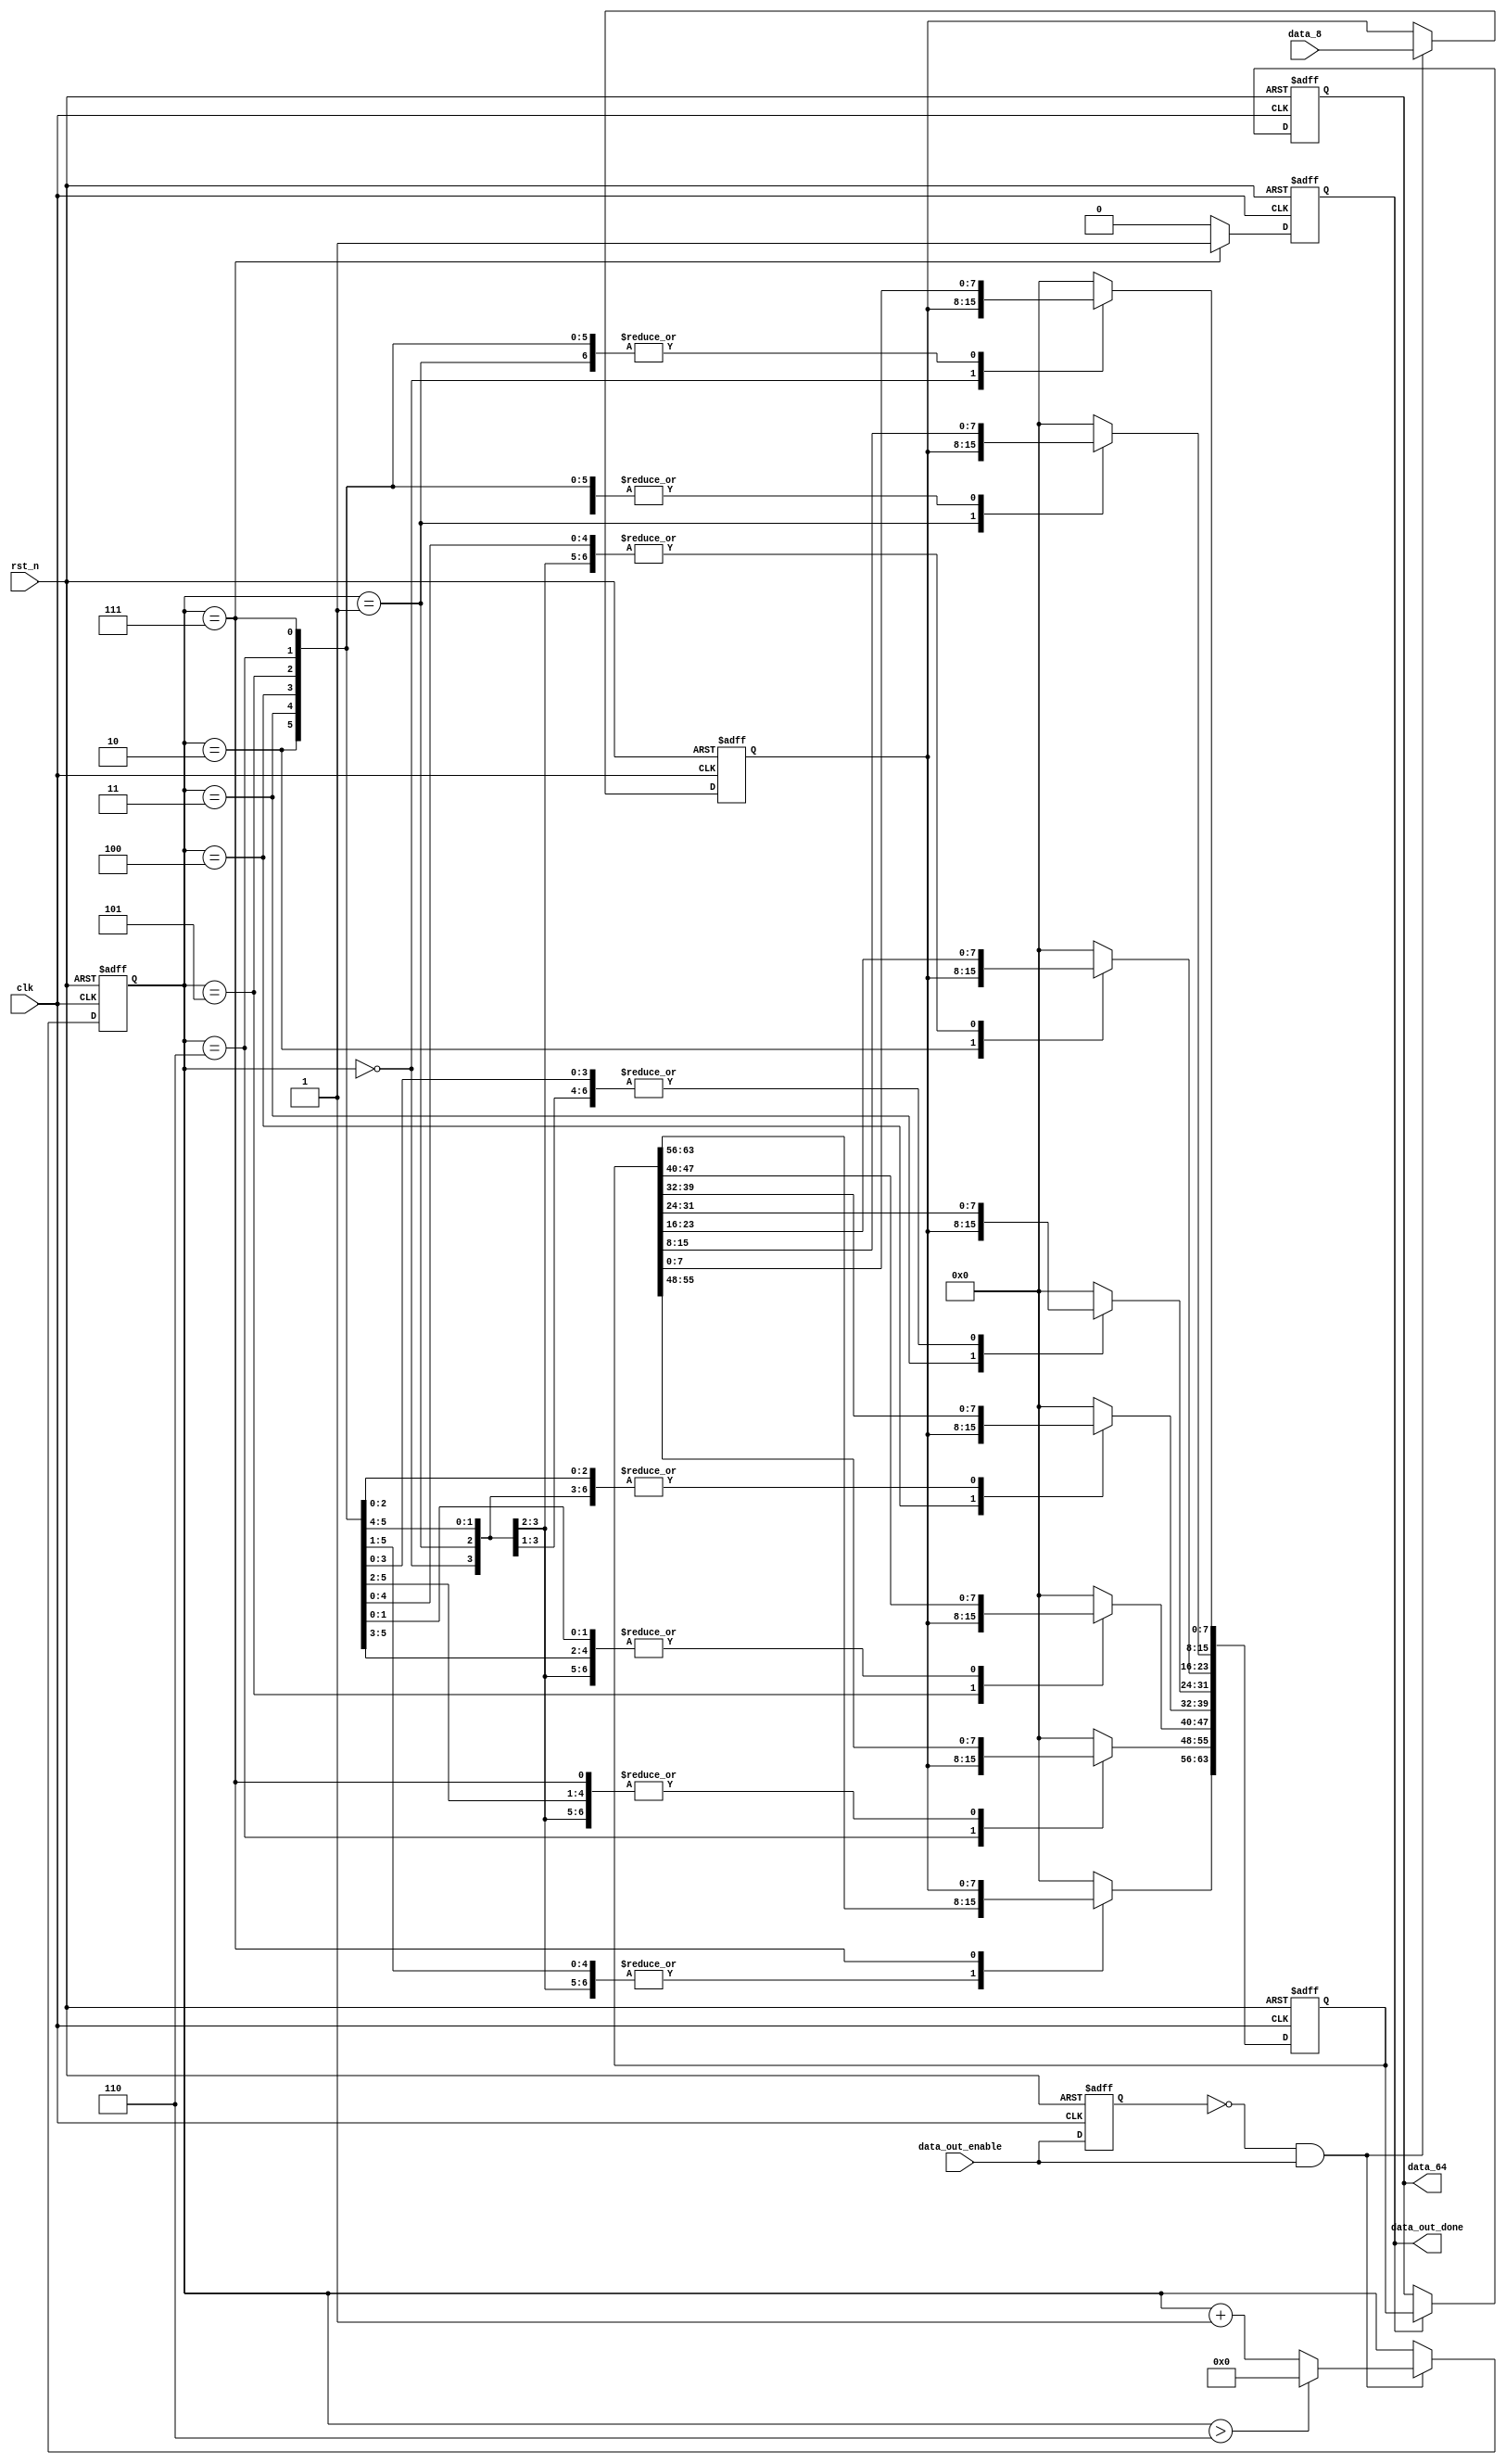
`timescale 1ns/1ps

/*  8  64   */

module data_out_8_to_64 (output reg [63:0] data_64,   // 64
                         output reg data_out_done,    // 64
                         input wire clk,              // 
                         input wire rst_n,            // 
                         input wire [7:0] data_8,     // 8
                         input wire data_out_enable); // 8

/*  */
reg [7:0] data_in;     // 
reg [63:0] data_out;   // 
reg [3:0] state;       // 
reg data_out_enable_1; // 8

/*  */
wire start_flag; // 8

// start_flag8rx
// rx8
assign start_flag = (~data_out_enable_1) & data_out_enable;

always @(posedge clk or negedge rst_n) begin
    if (!rst_n) begin
        data_out_enable_1 <= 1'b0;
    end
    else begin
        data_out_enable_1 <= data_out_enable;
    end
end

/*  */
always @(posedge clk or negedge rst_n) begin
    if (!rst_n) begin
        state   <= 4'd8;
        data_in <= 8'd0;
    end
    else if (start_flag) begin  // 
        data_in <= data_8;      // 
        if (state > 4'd6) begin // 
            state <= 4'd0;      // 
        end
        else begin
            state <= state + 1'b1; // 1
        end
    end
    else begin // 
        state   <= state;
        data_in <= data_in;
    end
end

/* 864 */
always @(posedge clk or negedge rst_n) begin
    if (!rst_n) begin
        data_out <= 64'd0;
    end
    else begin
        case (state) // 864
            4'd0:
            data_out[7:0] <= data_in; // 8648
            4'd1:
            data_out[15:8] <= data_in;
            4'd2:
            data_out[23:16] <= data_in;
            4'd3:
            data_out[31:24] <= data_in;
            4'd4:
            data_out[39:32] <= data_in;
            4'd5:
            data_out[47:40] <= data_in;
            4'd6:
            data_out[55:48] <= data_in;
            4'd7:
            data_out[63:56] <= data_in; // 8648
            default:
            data_out <= 64'd0;
        endcase
    end
end

/* 64 */
always @(posedge clk or negedge rst_n) begin
    if (!rst_n) begin
        data_out_done <= 1'd0;
    end
    else if (state == 4'd7) begin // 64
        data_out_done <= 1'd1;    // 64
    end
    else begin
        data_out_done <= 1'd0;
    end
end

/* 64 */
always @(posedge clk or negedge rst_n) begin
    if (!rst_n) begin
        data_64 <= 64'd0;
    end
    else if (data_out_done == 1'd1) begin // 64
        data_64 <= data_out;              // data_out64
    end
    else begin
        data_64 <= data_64;
    end
end

endmodule // data_out_8_to_64